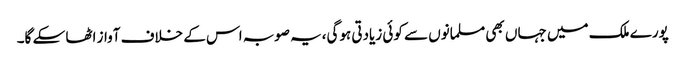
پورے ملک میں جہاں بھی مسلمانوں سے کوئی زیادتی ہوگی،یہ صوبہ اس کے خلاف آواز اٹھا سکے گا۔